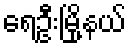
ရေဦးမြို့နယ်